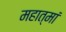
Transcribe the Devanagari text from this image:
महात्मां